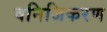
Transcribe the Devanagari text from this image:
वनिजिकरण